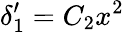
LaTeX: \delta_{1}^{\prime}=C_{2}x^{2}